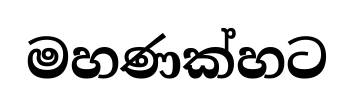
මහණක්හට